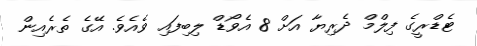
ޓެޑްރީގެ ފިލްމް ދެރިޔާ އަށް 8 އެވޯޑް ލިބިފައި ވެއެވެ. އޭގެ ތެރެއިން